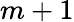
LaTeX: m+1